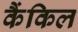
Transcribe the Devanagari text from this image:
कैंकिल